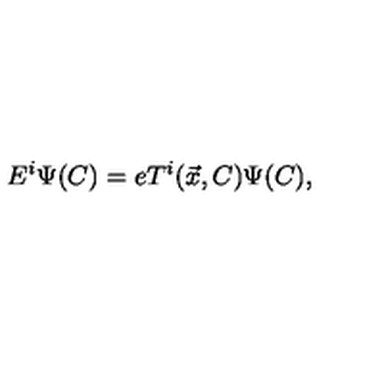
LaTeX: E ^ { i } \Psi ( C ) = e T ^ { i } ( \vec { x } , C ) \Psi ( C ) ,